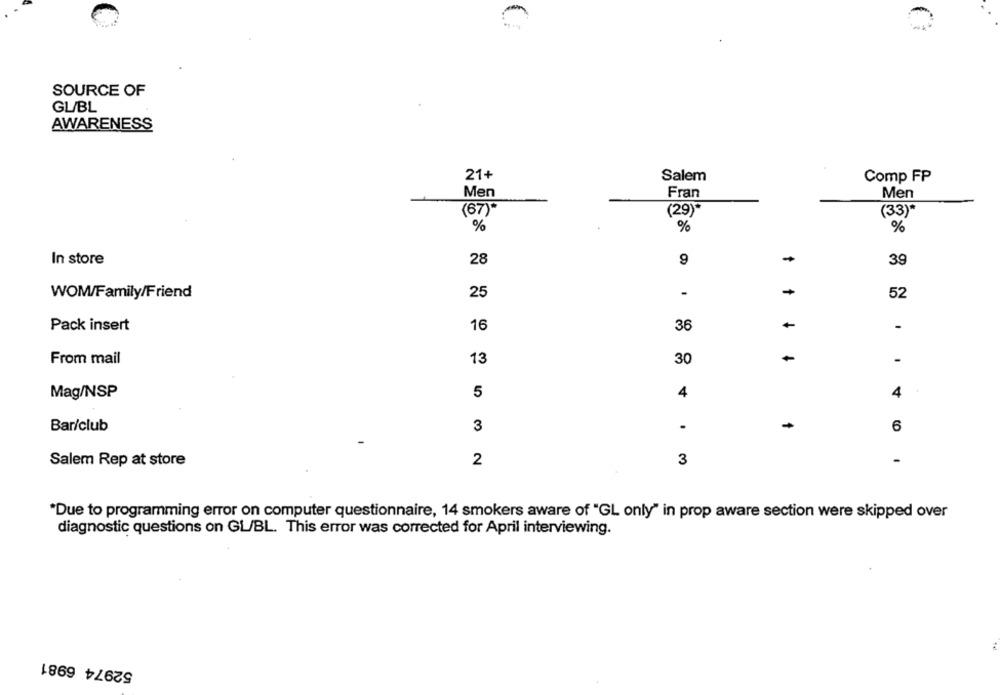
SOURCE OF
GL/BL
AWARENESS
21+
Salem
Comp FP
Men
Fran
Men
(67)*
(29)*
(33)*
%
%
%
In store
28
9
-
39
-
WOM/Family/Friend
25
52
Pack insert
16
-
36
From mail
13
30
-
-
Mag/NSP
5
4
4
Bar/club
3
.
6
Salem Rep at store
2
3
-
"Due to programming error on computer questionnaire, 14 smokers aware of "GL only" in prop aware section were skipped over
diagnostic questions on GL/BL. This error was corrected for April interviewing.
52974 6981